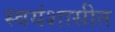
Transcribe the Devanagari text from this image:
स्वयंशासीत